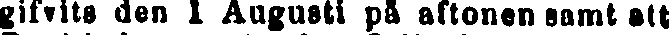
gifvits den 1 Augusti på aftonen samt att